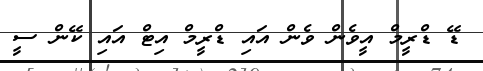
ޑޭ ޑްރީމް އީވެން ވެން އައި ޑްރީމް އިޓް އައި ކޭން ސީ